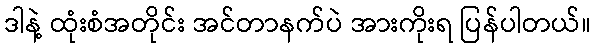
ဒါနဲ့ ထုံးစံအတိုင်း အင်တာနက်ပဲ အားကိုးရ ပြန်ပါတယ်။